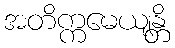
အတိက္ကမေယျန္တိ